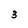
Character: 3